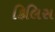
કિલિસ